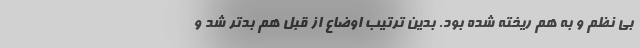
بی نظم و به هم ریخته شده بود. بدین ترتیب اوضاع از قبل هم بدتر شد و